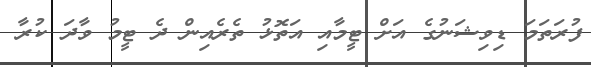
ފުރަތަމަ ޑިވިޝަނުގެ އަށް ޓީމާއި އަތޮޅު ތެރެއިން ދެ ޓީމު ވާދަ ކުރާ